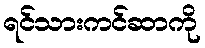
ရင်သားကင်ဆာကို